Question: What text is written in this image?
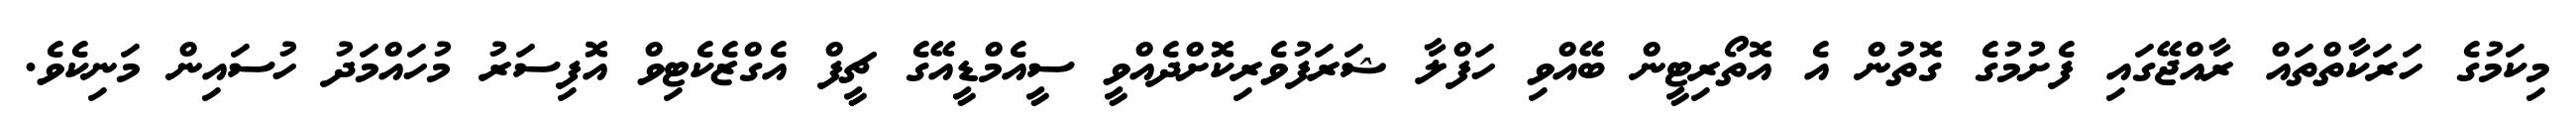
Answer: މިކަމުގެ ހަރަކާތްތައް ރާއްޖޭގައި ފެށުމުގެ ގޮތުން އެ އޮތޯރިޓީން ބޭއްވި ހަފްލާ ޝަރަފުވެރިކޮށްދެއްވީ ސީއެމްޑީއޭގެ ޗީފް އެގްޒެކެޓިވް އޮފިސަރު މުހައްމަދު ހުސައިން މަނިކެވެ.